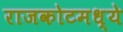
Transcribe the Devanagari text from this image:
राजकोटमध्ये